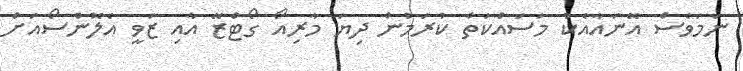
ނަމަވެސް އޭނައާއެކު މަސައްކަތް ކުރަމުން ދިޔަ މާރިއޯ ގޯޓްޒޭ އާއި ޒަވީ އެލޮންސޯއަށް